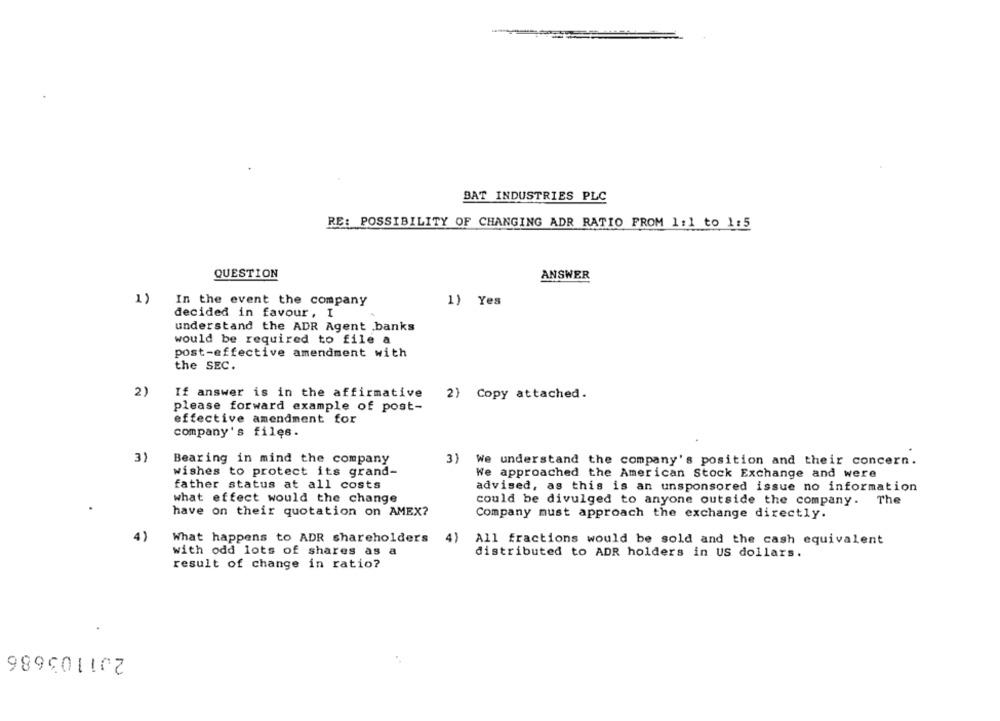
BAT INDUSTRIES PLC
RE: POSSIBILITY OF CHANGING ADR RATIO FROM 1:1 to 1:5
QUESTION
ANSWER
1)
In the event the company
1} Yes
decided in favour, I
understand the ADR Agent ,banks
would be required to file a
post-effective amendment with
the SEC.
2)
If answer is in the affirmative
2) Copy attached.
please forward example of post-
effective amendment for
company's files.
3)
Bearing in mind the company
3)
We understand the company's position and their concern.
wishes to protect its grand-
We approached the American Stock Exchange and were
father status at all costs
advised, as this is an unsponsored issue no information
what effect would the change
could be divulged to anyone outside the company. The
have on their quotation on AMEX?
Company must approach the exchange directly.
4)
What happens to ADR shareholders
4
All fractions would be sold and the cash equivalent
with odd lots of shares as a
distributed to ADR holders in US dollars.
result of change in ratio?
201103686